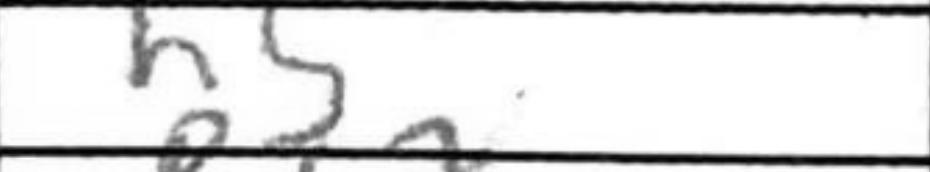
Transcription: h5